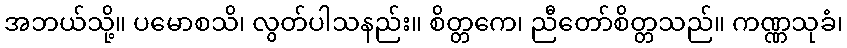
အဘယ်သို့။ ပမောစသိ၊ လွတ်ပါသနည်း။ စိတ္တကေ၊ ညီတော်စိတ္တသည်။ ကဏ္ဏသုခံ၊